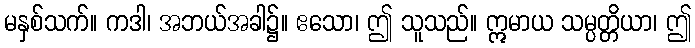
မနှစ်သက်။ ကဒါ၊ အဘယ်အခါ၌။ ဧသော၊ ဤ သူသည်။ ဣမာယ သမ္ပတ္တိယာ၊ ဤ